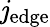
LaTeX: \mathit{j}_{\mathrm{{edge}}}